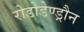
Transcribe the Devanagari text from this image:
रोडोडेण्ड्रौन